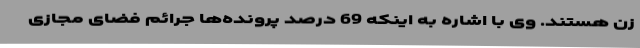
زن هستند. وی با اشاره به اینکه 69 درصد پرونده‌ها جرائم فضای مجازی